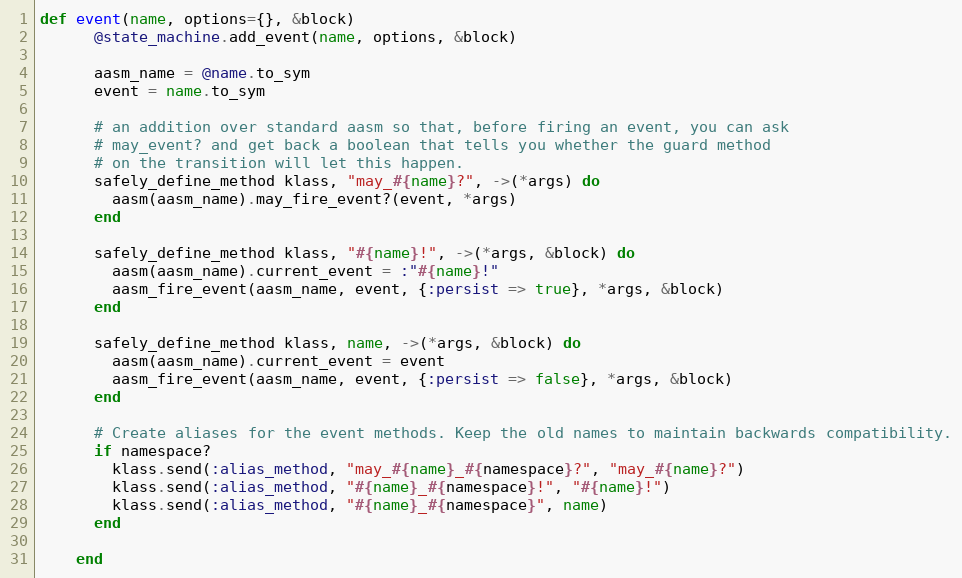
Language: Ruby
def event(name, options={}, &block)
      @state_machine.add_event(name, options, &block)

      aasm_name = @name.to_sym
      event = name.to_sym

      # an addition over standard aasm so that, before firing an event, you can ask
      # may_event? and get back a boolean that tells you whether the guard method
      # on the transition will let this happen.
      safely_define_method klass, "may_#{name}?", ->(*args) do
        aasm(aasm_name).may_fire_event?(event, *args)
      end

      safely_define_method klass, "#{name}!", ->(*args, &block) do
        aasm(aasm_name).current_event = :"#{name}!"
        aasm_fire_event(aasm_name, event, {:persist => true}, *args, &block)
      end

      safely_define_method klass, name, ->(*args, &block) do
        aasm(aasm_name).current_event = event
        aasm_fire_event(aasm_name, event, {:persist => false}, *args, &block)
      end

      # Create aliases for the event methods. Keep the old names to maintain backwards compatibility.
      if namespace?
        klass.send(:alias_method, "may_#{name}_#{namespace}?", "may_#{name}?")
        klass.send(:alias_method, "#{name}_#{namespace}!", "#{name}!")
        klass.send(:alias_method, "#{name}_#{namespace}", name)
      end

    end